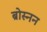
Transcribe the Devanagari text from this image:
ब्रोस्नन